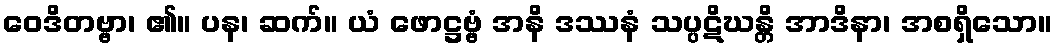
ဝေဒိတဗ္ဗာ၊ ၏။ ပန၊ ဆက်။ ယံ ဖောဋ္ဌဗ္ဗံ အနိ ဒဿနံ သပ္ပဋိဃန္တိ အာဒိနာ၊ အစရှိသော။